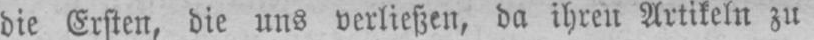
die Ersten, die uns verließen, da ihren Artikeln zu